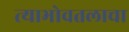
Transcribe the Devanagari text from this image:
त्याभोवतलाचा